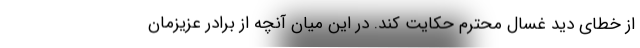
از خطای دید غسال محترم حکایت کند. در این میان آنچه از برادر عزیزمان